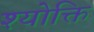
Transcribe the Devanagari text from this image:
श्योक्ति